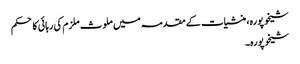
شیخوپورہ، منشیات کے مقدمہ میں ملوث ملزم کی رہائی کا حکم
شیخوپورہ۔